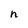
Character: n